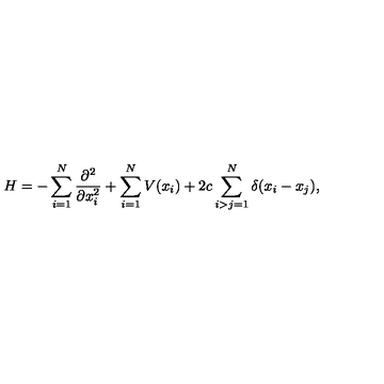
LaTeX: H = - \sum _ { i = 1 } ^ { N } \frac { \partial ^ { 2 } } { \partial x _ { i } ^ { 2 } } + \sum _ { i = 1 } ^ { N } V ( x _ { i } ) + 2 c \sum _ { i > j = 1 } ^ { N } \delta ( x _ { i } - x _ { j } ) ,